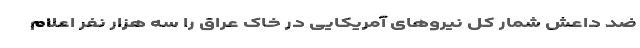
ضد داعش شمار کل نیروهای آمریکایی در خاک عراق را سه هزار نفر اعلام